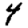
Digit: 4